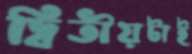
দ্বিতীয়টাই